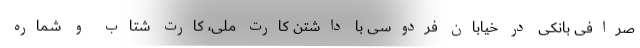
صرافی بانکی در خیابان فردوسی با داشتن کارت ملی، کارت شتاب و شماره